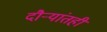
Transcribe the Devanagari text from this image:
दौऱ्यांतही